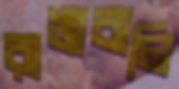
রাঙাবালি